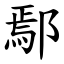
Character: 鄢